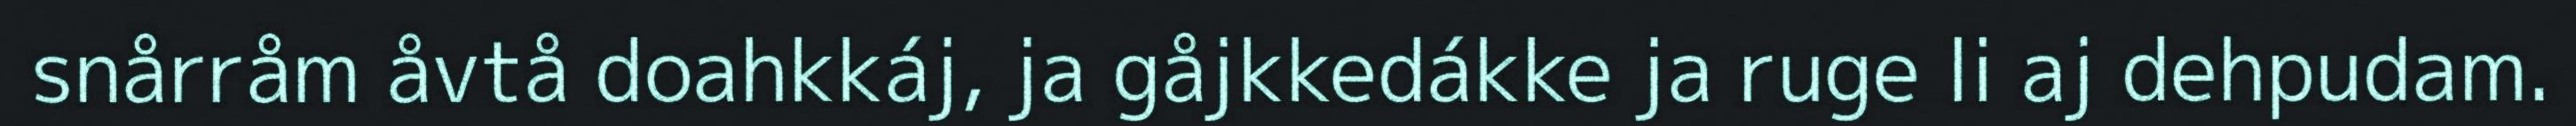
snårråm åvtå doahkkáj, ja gåjkkedákke ja ruge li aj dehpudam.